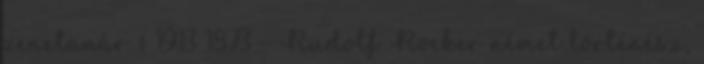
zenetanár † 1913 1873 – Rudolf Rocker német történész,